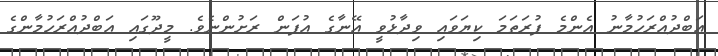
އަބްދުއްރަހުމާނު އެންމެ ފުރަތަމަ ކިޔަވައި ވިދާޅުވީ އޭނާގެ އުފަން ރަށުންނެވެ. މީދޫގައި އަބްދުއްރަހުމާންގެ